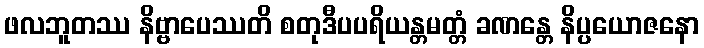
ဖလဘူတဿ နိဗ္ဗာပေဿတိ စတုဒီပပရိယန္တမတ္တံ ခဏန္တေ နိပ္ပယောဇနော